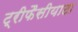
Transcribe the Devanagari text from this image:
ट्रीफैसीयाटा